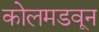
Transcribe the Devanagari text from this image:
कोलमडवून